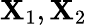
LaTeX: \mathbf{X}_{1},\mathbf{X}_{2}